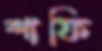
শাফি